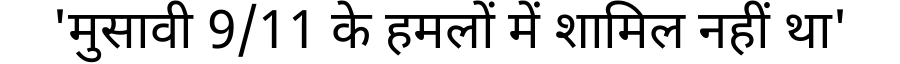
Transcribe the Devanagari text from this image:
'मुसावी 9/11 के हमलों में शामिल नहीं था'